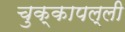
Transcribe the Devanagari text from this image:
चुक्कापल्ली